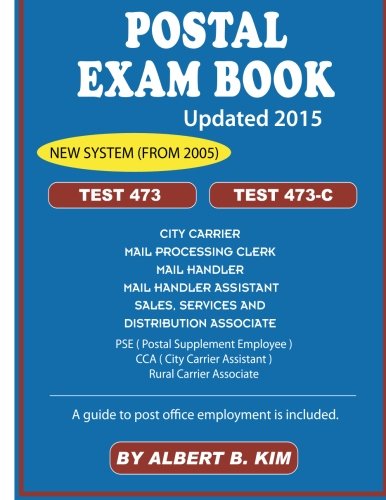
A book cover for Postal Exam Book for Test 473 and 473-C; Albert B. Kim; Test Preparation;